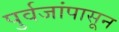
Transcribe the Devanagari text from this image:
पुर्वजांपासून